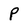
Character: P